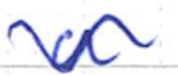
Text: a
Cross-out: wave
Writing tool: ballpoint